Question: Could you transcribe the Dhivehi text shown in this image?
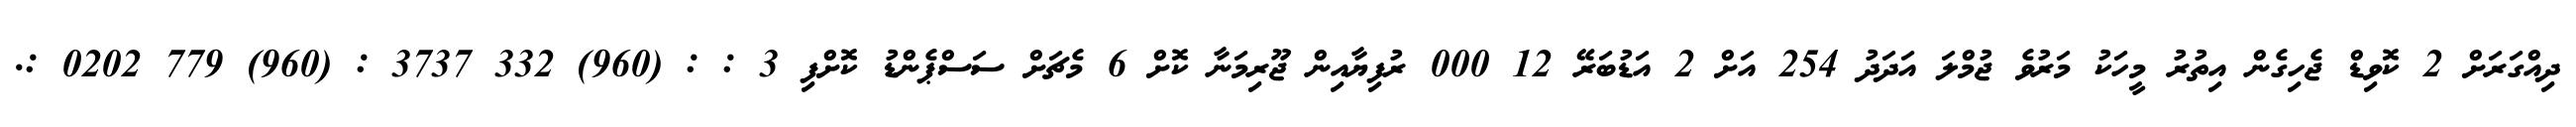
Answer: ދިއްގަރަށް 2 ކޮވިޑް ޖެހިގެން އިތުރު މީހަކު މަރުވެ ޖުމްލަ އަދަދު 254 އަށް 2 އަޑުބަރޭ 12 000 ރުފިޔާއިން ޖޫރިމަނާ ކޮށް 6 މެޗަށް ސަސްޕެންޑު ކޮށްފި 3 : : (960) 332 3737 : (960) 779 0202 :.